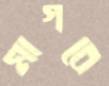
মাগবে